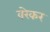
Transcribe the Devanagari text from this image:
वरेकर